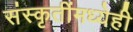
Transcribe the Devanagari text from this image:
संस्कृतींमध्येही